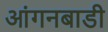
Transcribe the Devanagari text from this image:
आंगनबाडी